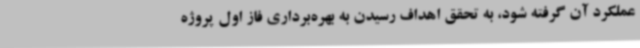
عملکرد آن گرفته شود، به تحقق اهداف رسیدن به بهره‌برداری فاز اول پروژه